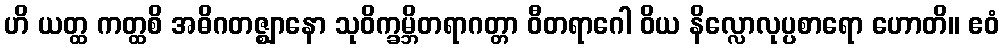
ဟိ ယတ္ထ ကတ္ထစိ အဓိဂတဇ္ဈာနော သုဝိက္ခမ္ဘိတရာဂတ္တာ ဝီတရာဂေါ ဝိယ နိလ္လောလုပ္ပစာရော ဟောတိ။ ဧဝံ